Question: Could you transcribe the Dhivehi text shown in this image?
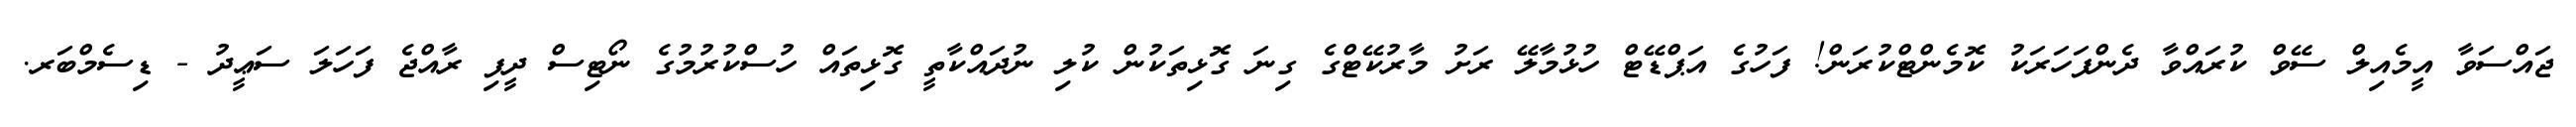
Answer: ޖައްސަވާ އީމެއިލް ސޭވް ކުރައްވާ ދެންފަހަރަކު ކޮމެންޓްކުރަން! ފަހުގެ އަޕްޑޭޓް ހުޅުމާލޭ ރަށު މާރުކޭޓްގެ ގިނަ ގޮޅިތަކުން ކުލި ނުދައްކާތީ ގޮޅިތައް ހުސްކުރުމުގެ ނޯޓިސް ދީފި ރާއްޖެ ފަހަލަ ސަޢީދު - ޑިސެމްބަރ.